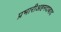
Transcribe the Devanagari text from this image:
प्रभारीअहमदाबाद